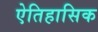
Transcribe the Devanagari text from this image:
ऐतिहासिक